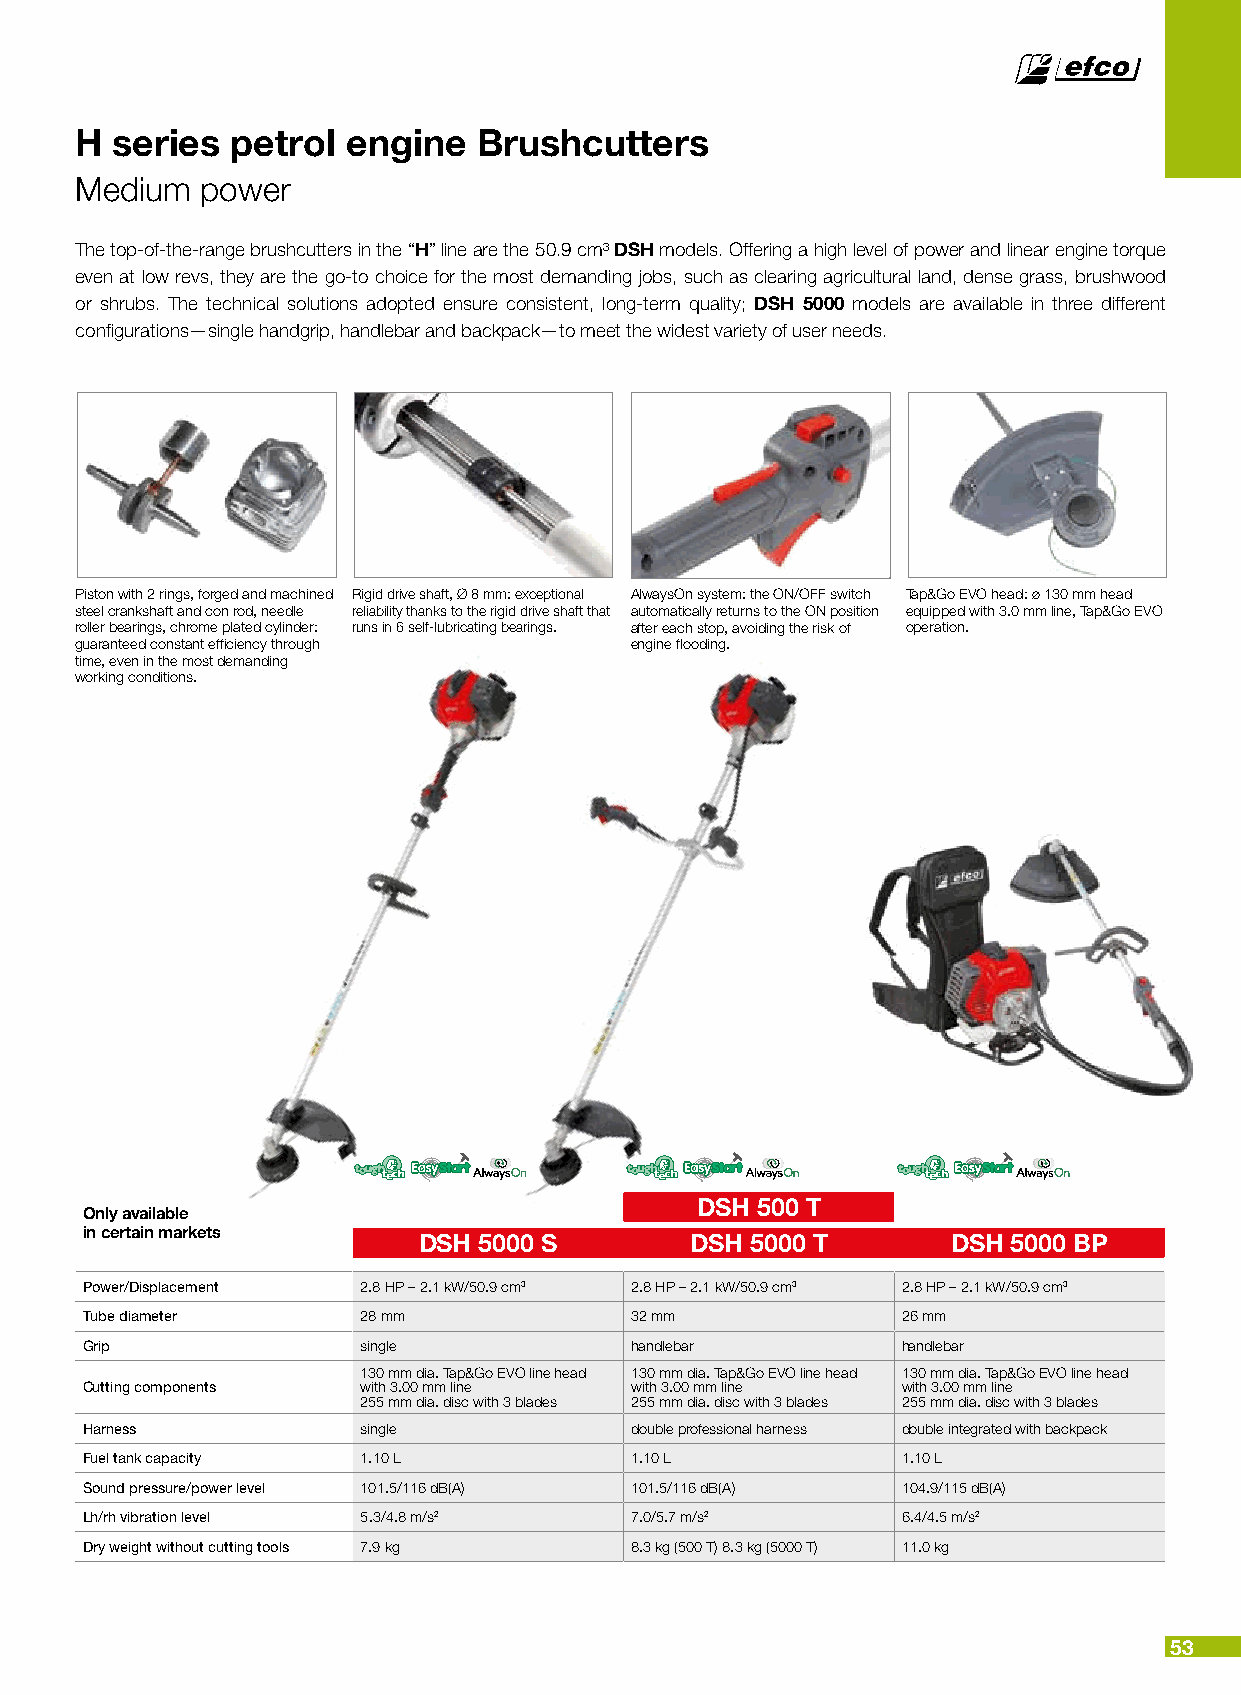
H series  petrol  engine   Brushcutters
 Medium  power
 The top-of-the-range brushcutters in the “H” line are the 50.9 cm³ DSH models. Offering a high level of power and linear engine torque
 even at low revs, they are the go-to choice for the most demanding jobs, such as clearing agricultural land, dense grass, brushwood
 or shrubs. The technical solutions adopted ensure consistent, long-term quality; DSH 5000 models are available in three different
 configurations—single handgrip, handlebar and backpack—to meet the widest variety of user needs.
 Piston with 2 rings, forged and machined Rigid drive shaft, Ø 8 mm: exceptional AlwaysOn system: the ON/OFF switch Tap&Go EVO head: ø 130 mm head
 steel crankshaft and con rod, needle reliability thanks to the rigid drive shaft that automatically returns to the ON position equipped with 3.0 mm line, Tap&Go EVO
 roller bearings, chrome plated cylinder: runs in 6 self-lubricating bearings. after each stop, avoiding the risk of operation.
 guaranteed constant efficiency through engine flooding.
 time, even in the most demanding
 working conditions.
 DSH 500 T
 Only available
 in certain markets
 DSH 5000 S        DSH 5000 T       DSH 5000 BP
 Power/Displacement 2.8 HP – 2.1 kW/50.9 cm3 2.8 HP – 2.1 kW/50.9 cm3 2.8 HP – 2.1 kW/50.9 cm3
 Tube diameter      28 mm             32 mm             26 mm
 Grip               single            handlebar         handlebar
 130 mm dia. Tap&Go EVO line head 130 mm dia. Tap&Go EVO line head 130 mm dia. Tap&Go EVO line head
 Cutting components with 3.00 mm line with 3.00 mm line with 3.00 mm line
 255 mm dia. disc with 3 blades 255 mm dia. disc with 3 blades 255 mm dia. disc with 3 blades
 Harness            single            double professional harness double integrated with backpack
 Fuel tank capacity 1.10 L            1.10 L            1.10 L
 Sound pressure/power level 101.5/116 dB(A) 101.5/116 dB(A) 104.9/115 dB(A)
 Lh/rh vibration level 5.3/4.8 m/s2   7.0/5.7 m/s2      6.4/4.5 m/s2
 Dry weight without cutting tools 7.9 kg 8.3 kg (500 T) 8.3 kg (5000 T) 11.0 kg
 53